Document type: Sale
Year: 1354
Scribe: Bernat de Torre
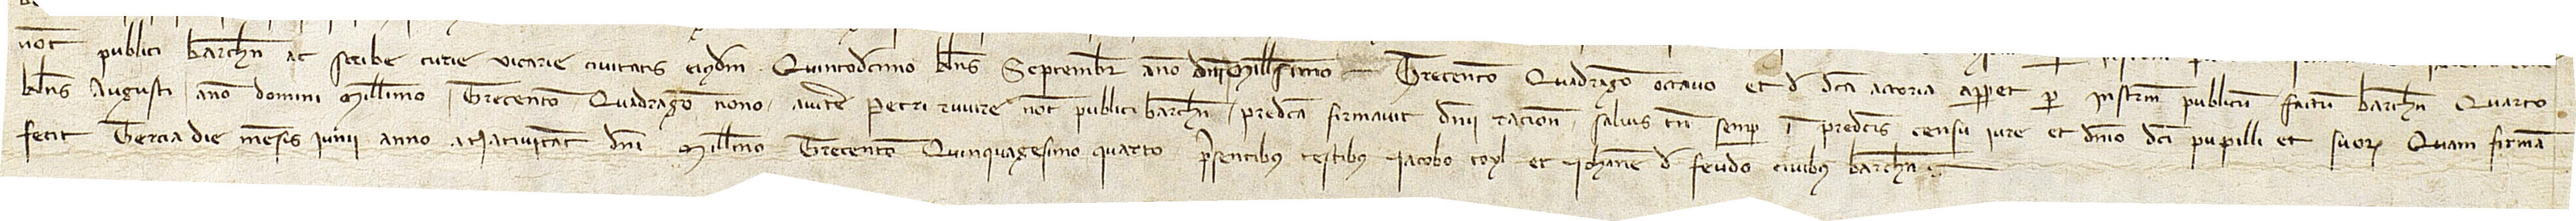
notarii publici Barchinone ac scribe curie vicarie civitatis eiusdem, quintodecimo kalendas septembris, anno Domini millesimo trecentesimo quadragesimo octavo, et de dicta actoria apparet per instrumentum publicum factum Barchinone quarto